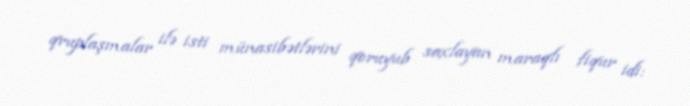
qruplaşmalar ilə isti münasibətlərini qoruyub saxlayan maraqlı fiqur idi: